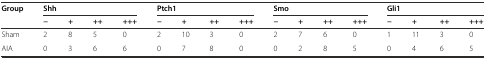
<table><thead><tr><td rowspan="2"><b>Group</b></td><td colspan="4"><b>Shh</b></td><td colspan="4"><b>Ptch1</b></td><td colspan="4"><b>Smo</b></td><td colspan="4"><b>Gli1</b></td></tr><tr><td><b>−</b></td><td><b>+</b></td><td><b>++</b></td><td><b>+++</b></td><td><b>−</b></td><td><b>+</b></td><td><b>++</b></td><td><b>+++</b></td><td><b>−</b></td><td><b>+</b></td><td><b>++</b></td><td><b>+++</b></td><td><b>−</b></td><td><b>+</b></td><td><b>++</b></td><td><b>+++</b></td></tr></thead><tbody><tr><td>Sham</td><td>2</td><td>8</td><td>5</td><td>0</td><td>2</td><td>10</td><td>3</td><td>0</td><td>2</td><td>7</td><td>6</td><td>0</td><td>1</td><td>11</td><td>3</td><td>0</td></tr><tr><td>AIA</td><td>0</td><td>3</td><td>6</td><td>6</td><td>0</td><td>7</td><td>8</td><td>0</td><td>0</td><td>2</td><td>8</td><td>5</td><td>0</td><td>4</td><td>6</td><td>5</td></tr></tbody></table>